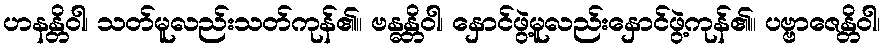
ဟနန္တိဝါ၊ သတ်မူလည်းသတ်ကုန်၏။ ဗန္ဓန္တိဝါ၊ နှောင်ဖွဲ့မူလည်းနှောင်ဖွဲ့ကုန်၏။ ပဗ္ဗာဇေန္တိဝါ၊